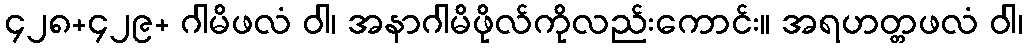
၄၂၈+၄၂၉+ ဂါမိဖလံ ဝါ၊ အနာဂါမိဖိုလ်ကိုလည်းကောင်း။ အရဟတ္တဖလံ ဝါ၊